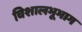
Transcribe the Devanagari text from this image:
विशालभूभाग